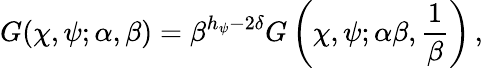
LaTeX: G(\chi,\psi;\alpha,\beta)=\beta^{h_{\psi}-2\delta}G\left(\chi,\psi;\alpha\beta,{\frac{1}{\beta}}\right)\, ,